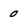
Character: 0